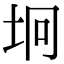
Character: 坰